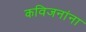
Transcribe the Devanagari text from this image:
कविजनांना